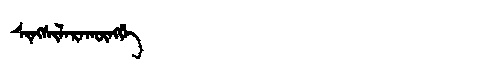
Manchu: ᠰᡳᠩᠰᡳᠯᠠᡵᠠᡴᡡᠩᡤᡝ
Romanization: SINGSILARAKŪNGGE